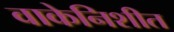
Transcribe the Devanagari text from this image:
वाकेनिशीत